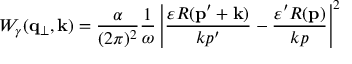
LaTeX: W _ { \gamma } ( { \bf q _ { \perp } } , { \bf k } ) = \frac { \alpha } { ( 2 \pi ) ^ { 2 } } \frac { 1 } { \omega } \left| \frac { \varepsilon R ( { \bf p } ^ { \prime } + { \bf k } ) } { k p ^ { \prime } } - \frac { \varepsilon ^ { \prime } R ( { \bf p } ) } { k p } \right| ^ { 2 }